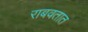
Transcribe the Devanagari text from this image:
राबवतात